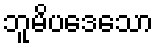
ဘူမိပဒေသော